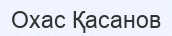
Охас Қасанов